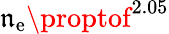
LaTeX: \mathfrak{n}_{\mathrm{{e}}}\proptof^{2.05}